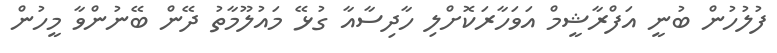
ފުލުހުން ބުނީ އަފްރާޝީމް އަވަހާރަކޮށްލި ހާދިސާއާ ގުޅޭ މައުލޫމާތު ދޭން ބޭނުންވާ މީހުން